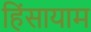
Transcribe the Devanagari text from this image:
हिंसायाम